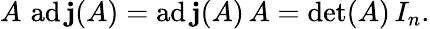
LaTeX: A\, \operatorname{ad\mathbf{j}}(A)=\operatorname{ad\mathbf{j}}(A)\, A=\operatorname*{det}(A)\, I_{n}.